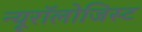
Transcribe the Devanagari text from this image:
न्यूरॉलोजिस्ट